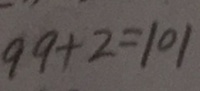
9 9 + 2 = 1 0 1